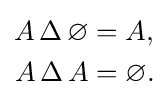
{\begin{aligned}A\,\Delta \,\varnothing &=A,\\A\,\Delta \,A&=\varnothing .\end{aligned}}